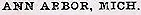
ANN ARBOR, MICH.